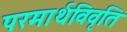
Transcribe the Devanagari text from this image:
परमार्थविवृति